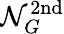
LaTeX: \mathcal{N}_{G}^{\mathrm{2nd}}